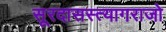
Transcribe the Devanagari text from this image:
सूरदासस्त्यागराजो